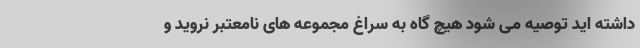
داشته اید توصیه می شود هیچ گاه به سراغ مجموعه های نامعتبر نروید و